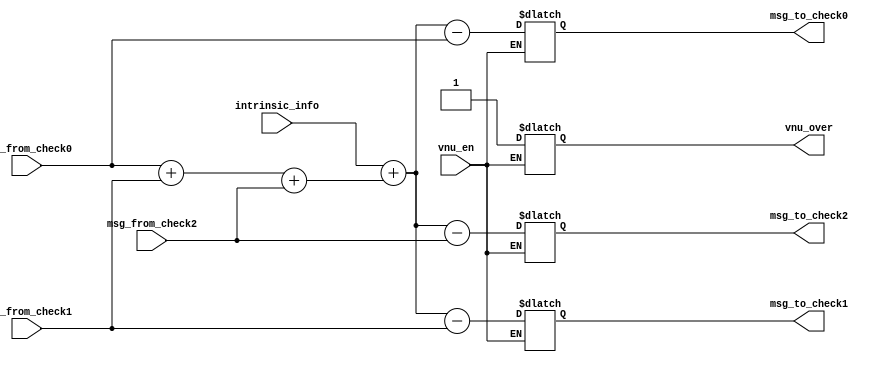
`timescale 1ns / 1ps

//for all iterations after first and before the last hard decoding iteration
module vnu	(vnu_en,
			intrinsic_info, 
			msg_from_check0, 
			msg_from_check1, 
			msg_from_check2, 
			msg_to_check0, 
			msg_to_check1, 
			msg_to_check2,
			vnu_over
			);

//inputs - inputs from check nodes in prev iter
//outputs - output to check nodes in cur iter

input 			[7:0]intrinsic_info;
input 			[7:0] msg_from_check0;
input 			[7:0] msg_from_check1;
input 			[7:0] msg_from_check2;
input 			vnu_en;
output reg		[7:0] msg_to_check0;
output reg		[7:0] msg_to_check1;
output reg		[7:0] msg_to_check2;
reg 			[7:0]sum_of_msg_from_check;
output 			vnu_over;
reg				vnu_over;

always @(msg_from_check0 or msg_from_check1 or msg_from_check2 or vnu_en)
begin 
	if(vnu_en == 1) begin
		sum_of_msg_from_check = msg_from_check0 + msg_from_check1 + msg_from_check2; 
		msg_to_check0 = intrinsic_info + sum_of_msg_from_check - msg_from_check0;
		msg_to_check1 = intrinsic_info + sum_of_msg_from_check - msg_from_check1;
		msg_to_check2 = intrinsic_info + sum_of_msg_from_check - msg_from_check2;
		vnu_over = 1;
	end
end

endmodule